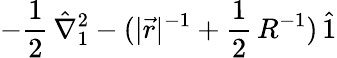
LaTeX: -\frac{1}{2}\, \hat{\nabla}_{1}^{2}-(|\vec{r}|^{-1}+\frac{1}{2}\, R^{-1})\, \hat{1}